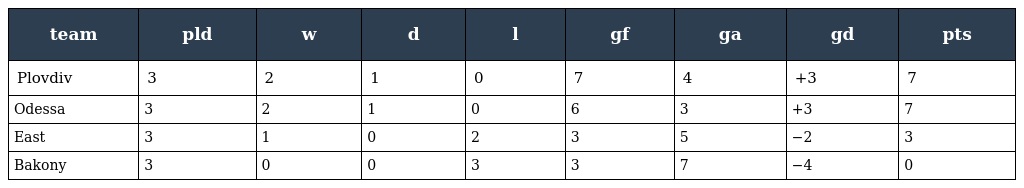
| team | pld | w | d | l | gf | ga | gd | pts |
 | --- | --- | --- | --- | --- | --- | --- | --- | --- |
 | Plovdiv | 3 | 2 | 1 | 0 | 7 | 4 | +3 | 7 |
 | Odessa | 3 | 2 | 1 | 0 | 6 | 3 | +3 | 7 |
 | East | 3 | 1 | 0 | 2 | 3 | 5 | −2 | 3 |
 | Bakony | 3 | 0 | 0 | 3 | 3 | 7 | −4 | 0 |